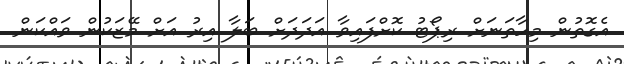
އެގޮތުން މިހާތަނަށް ރިޕޯޓު ކޮށްފައިވާ އަދަދަށް ބަލާ އިރު އަށް މޭޒަކުން ވައްކަން